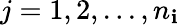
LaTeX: j=1,2,...,n_{\mathbf{i}}